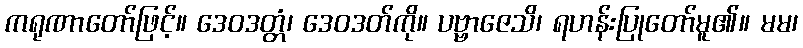
ကရုဏာတော်ဖြင့်။ ဒေဝဒတ္တံ၊ ဒေဝဒတ်ကို။ ပဗ္ဗာဇေသိ၊ ရဟန်းပြုတော်မူ၏။ မမ၊